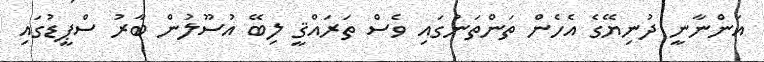
އަންނާނީ ދުނިޔޭގެ އެހެން ތަންތަނުގައި ވެސް ތަރައްޤީ ލިބޭ އުސޫލުން ބާރު ސްޕީޑުގައި